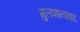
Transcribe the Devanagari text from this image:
गुलशानाबाद